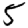
Digit: 5